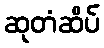
ဆုတံဆိပ်